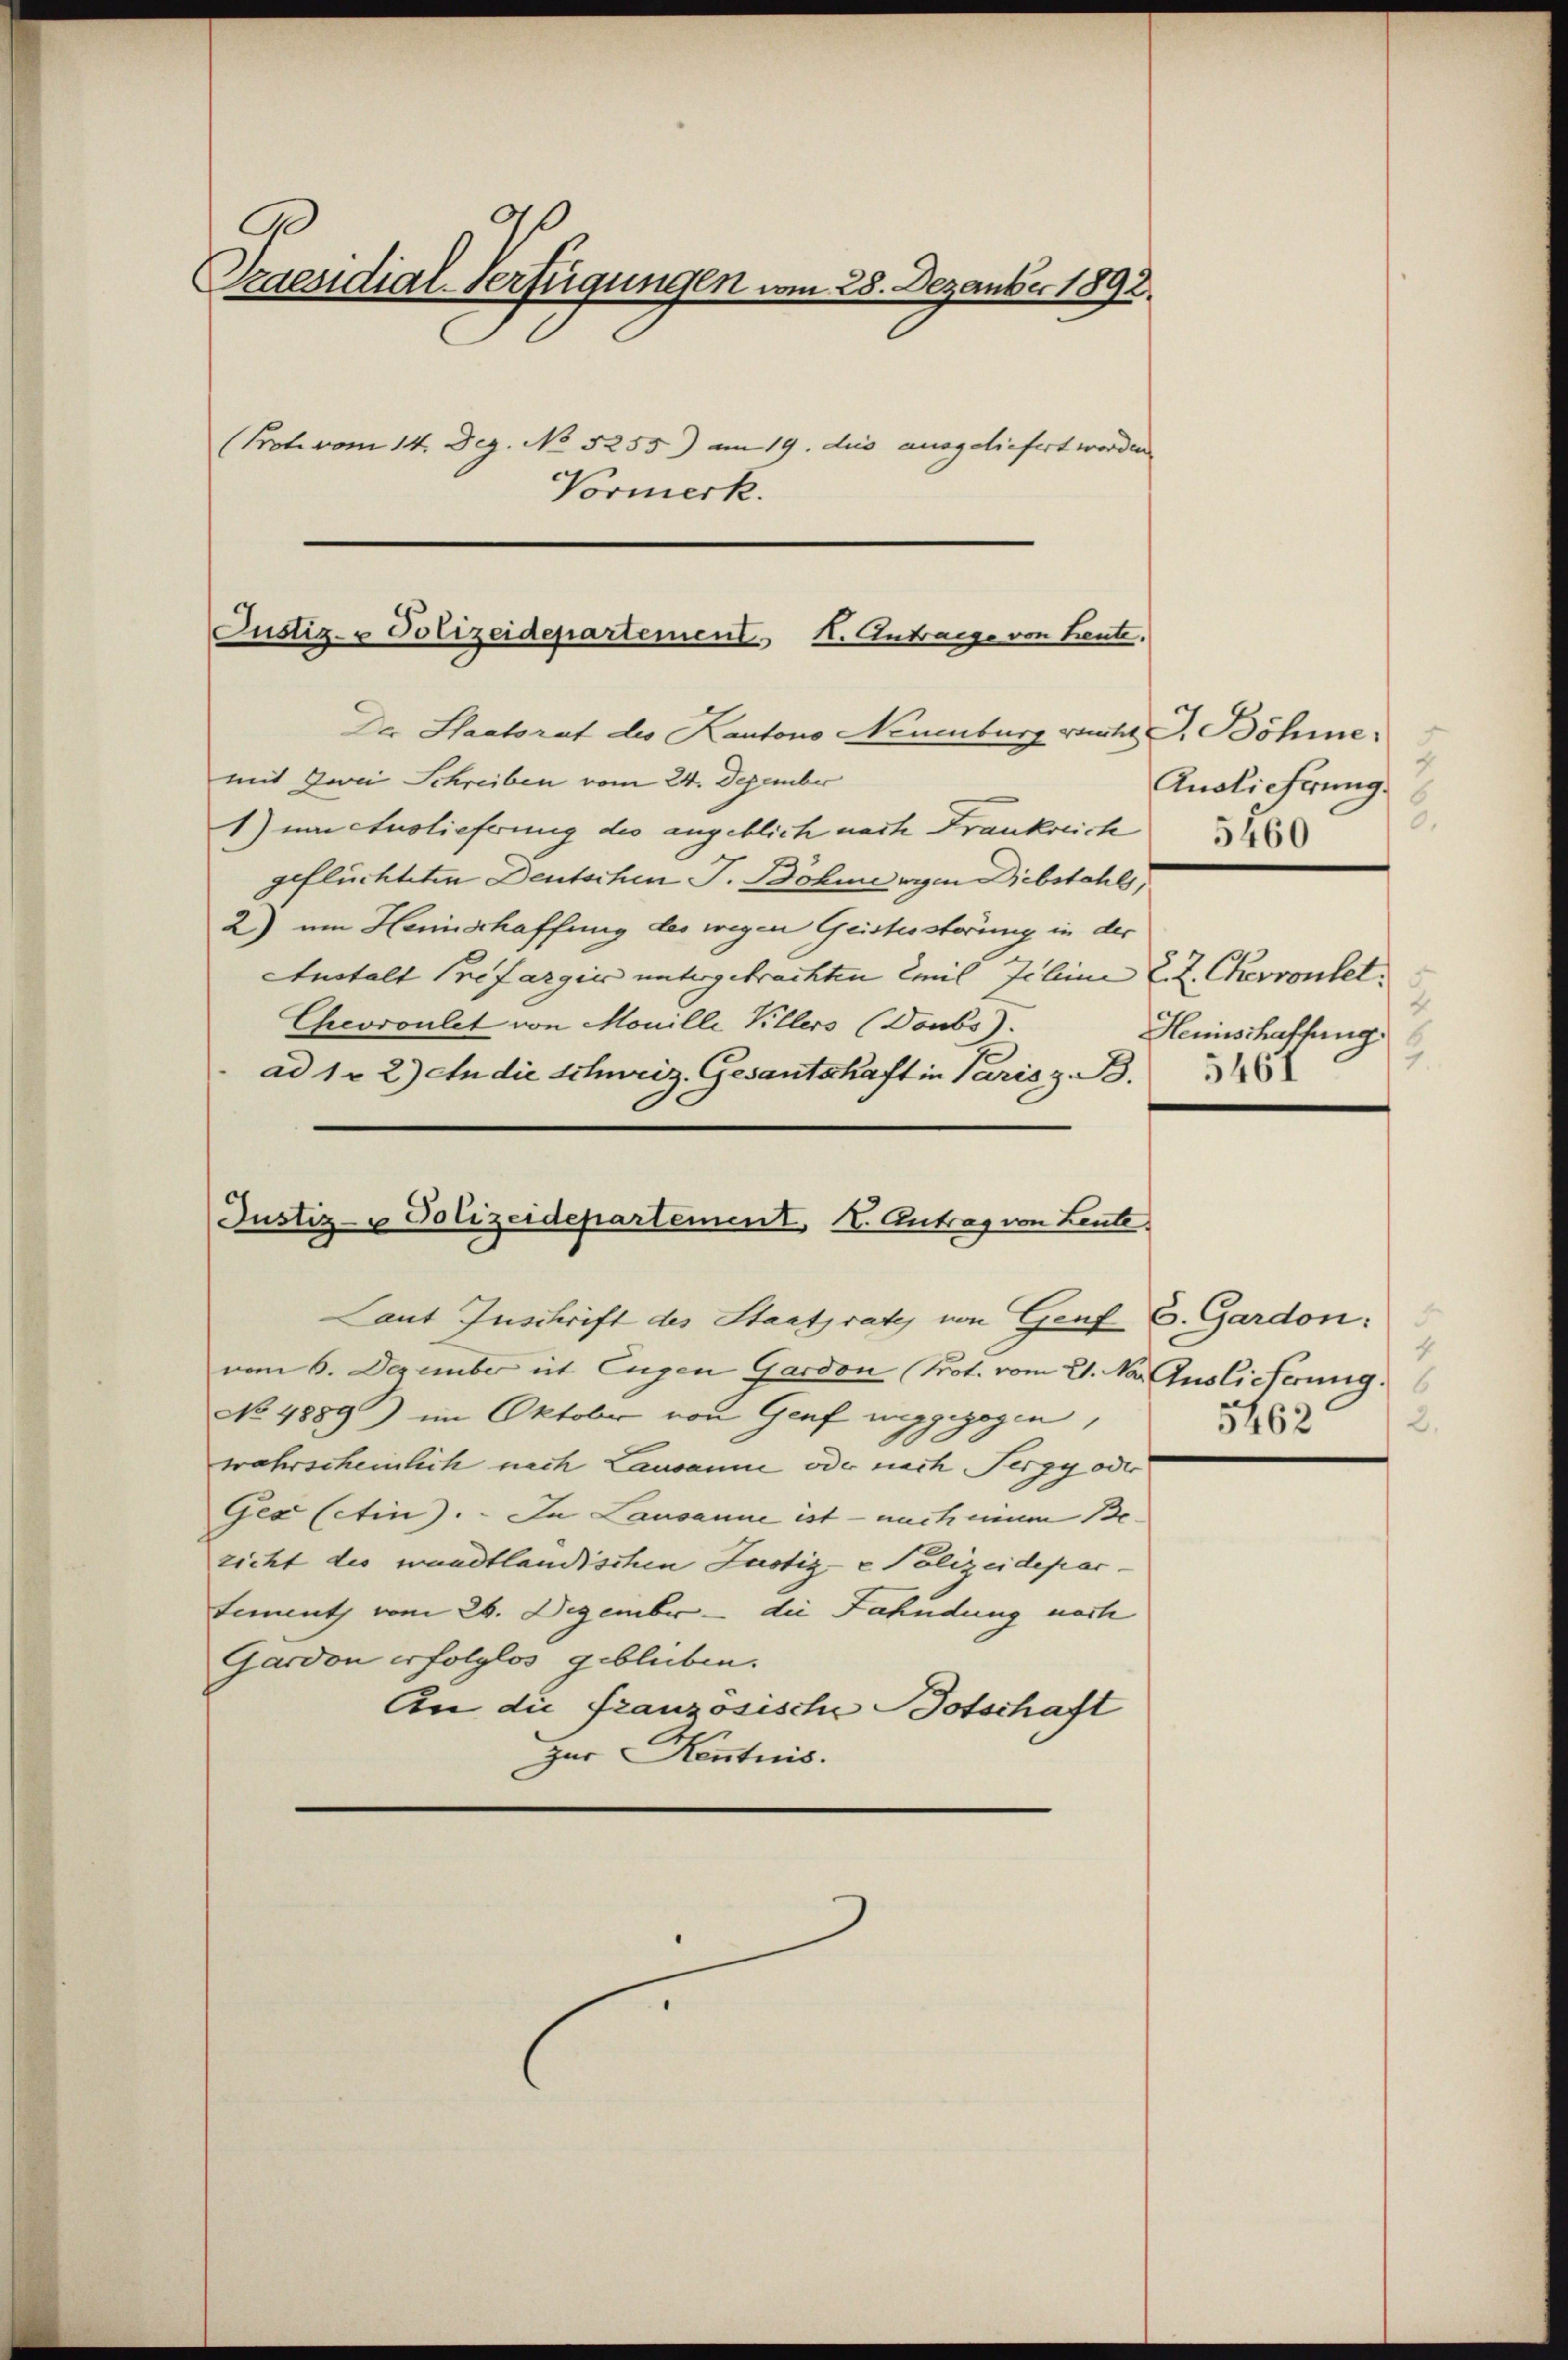
A
Praesidial-Verfügungen vom 28. Dezember 1892.
(Prote vom 14. Dez. No 5255) am 19. dies ausgeliefert worden.
Vormerk.

Justiz- u Polizeidepartement H. Antrage von heute.

Der Staatsrat des Kantons Neuenburg sucht G. Böhme
mit Zwei Schreiben vom 24. Dezember
1) um Auslieferung des angeblich nach Frankreich
geflüchteten Deutschen J. Böhme wegen Diebstahls,
2) um Heinschaffung des wegen Geistesstörung in der
Anstalt Prefargies untergebrachten Emil Jeline L. Z. Chevrontel.
Chevroulet von Monille Villers (Doubs).
ad 1 - 2) An die Schweiz. Gesantschaft in Paris z. B.
Justiz- & Polizeidepartement, I. Antrag von Leute

Laut Zuschrift des Staatsrate von Genf C. Gardon.
vom 6. Dezember et Eugen Gardon (Prot. vom 21. No. Auslieferung.
No 4889) im Oktober von Genf weggezogen,
wahrscheinlich nach Lausanne oder nach Pergy oder
Gea (etin). In Lausanne ist – nach einem Be- |
richt des wandtländischen Justiz- & Polizeideparsement vom 26. Dezember – die Fahndung nach
Gardon erfolglos geblieben.
An die französische Botschaft
zur Kenntnis.

5
Anslicherung.
6.

Heinschaffung
2.
5461

4
5462
2.